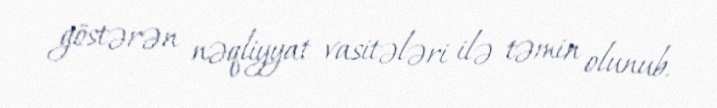
göstərən nəqliyyat vasitələri ilə təmin olunub.